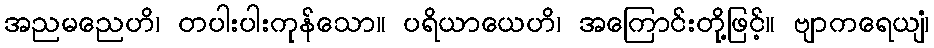
အညမညေဟိ၊ တပါးပါးကုန်သော။ ပရိယာယေဟိ၊ အကြောင်းတို့ဖြင့်။ ဗျာကရေယျံ၊